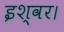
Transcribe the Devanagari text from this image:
इश्वर।